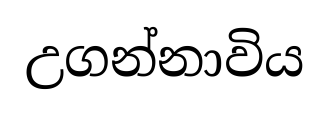
උගන්නාවිය